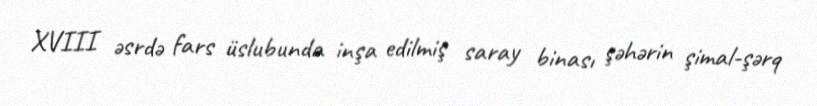
XVIII əsrdə fars üslubunda inşa edilmiş saray binası şəhərin şimal-şərq